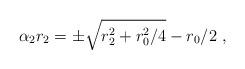
LaTeX: \begin{align*}\alpha_2 r_2= \pm\sqrt{r_2^2+{r_0^2/4}}-r_0/2\ ,\end{align*}